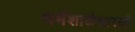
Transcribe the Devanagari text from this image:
धर्मशाळेसारखी